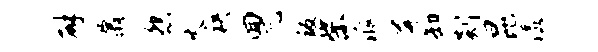
辟鼐怨火袂回兀叛柴派屏卸剡昆漾